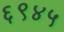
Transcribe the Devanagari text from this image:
६९४५